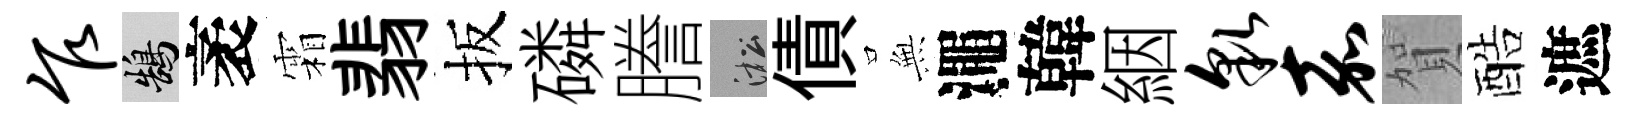
乍鵠袤霜翡扳磷謄淞債𭴾澠韓絪貌嘉賀酷遮